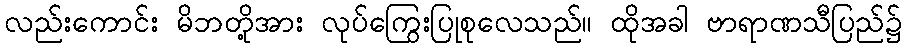
လည်းကောင်း မိဘတို့အား လုပ်ကြွေးပြုစုလေသည်။ ထိုအခါ ဗာရာဏသီပြည်၌